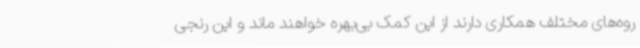
روه‌های مختلف همکاری دارند از این کمک بی‌بهره خواهند ماند و این رنجی